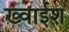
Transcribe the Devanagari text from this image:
ख्वाईश